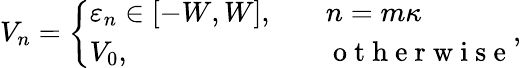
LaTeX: \begin{array}{r}{V_{n}=\left\{ \begin{array}{ll}{\varepsilon_{n}\in[-W,W],}&{\quad n=m\kappa}\\ {V_{0},}&{\quad\mathrm{~o~t~h~e~r~w~i~s~e~}}\end{array}\right.,}\end{array}